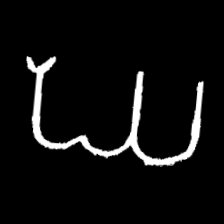
Pyu character \u2014 Myanmar letter: ဃ (romanized: gha)